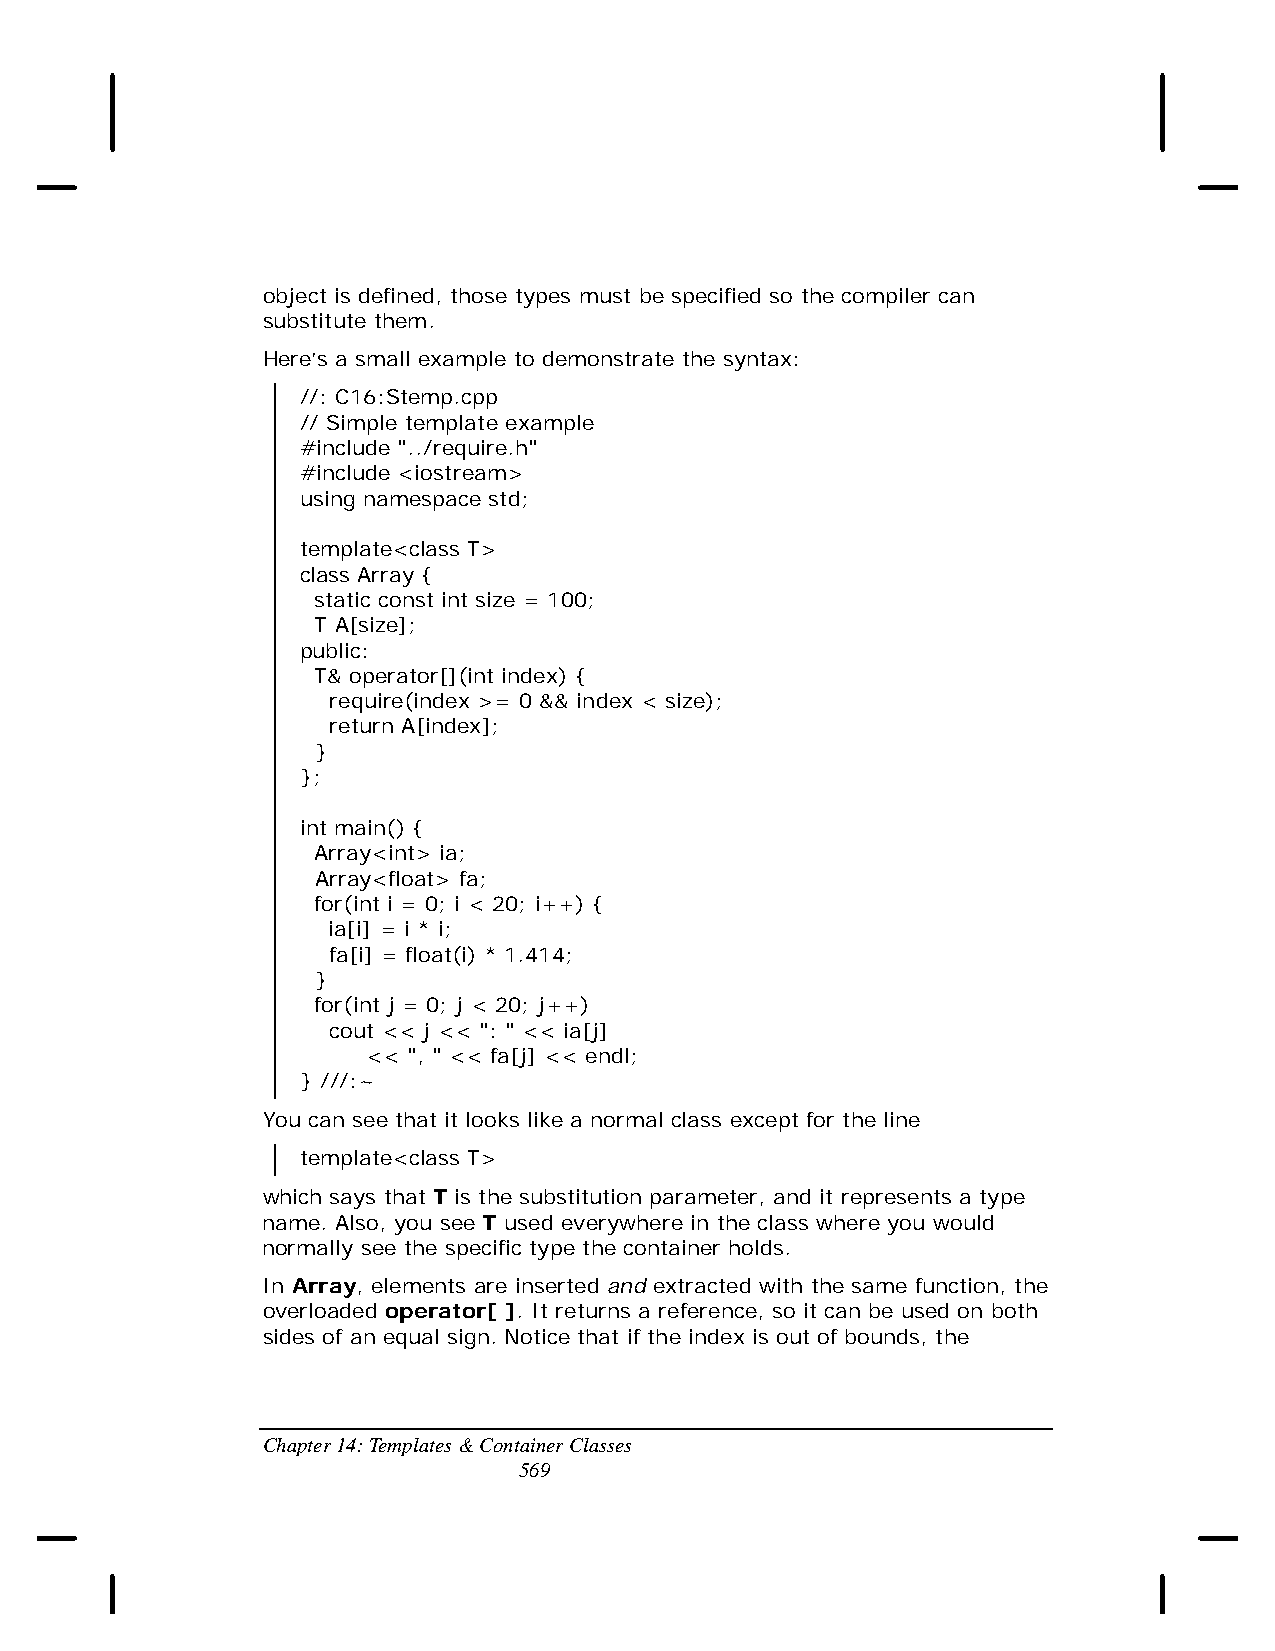
object is defined, those types must be specified so the compiler can
 substitute them.
 Here’s a small example to demonstrate the syntax:
 //: C16:Stemp.cpp
 // Simple template example
 #include "../require.h"
 #include <iostream>
 using namespace std;
 template<class T>
 class Array {
 static const int size = 100;
 T A[size];
 public:
 T& operator[](int index) {
 require(index >= 0 && index < size);
 return A[index];
 }
 };
 int main() {
 Array<int> ia;
 Array<float> fa;
 for(int i = 0; i < 20; i++) {
 ia[i] = i * i;
 fa[i] = float(i) * 1.414;
 }
 for(int j = 0; j < 20; j++)
 cout << j << ": " << ia[j]
 << ", " << fa[j] << endl;
 } ///:~
 You can see that it looks like a normal class except for the line
 template<class T>
 which says that T is the substitution parameter, and it represents a type
 name. Also, you see T used everywhere in the class where you would
 normally see the specific type the container holds.
 In Array, elements are inserted and extracted with the same function, the
 overloaded operator[ ]. It returns a reference, so it can be used on both
 sides of an equal sign. Notice that if the index is out of bounds, the
 Chapter 14: Templates & Container Classes
 569